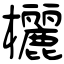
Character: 欐